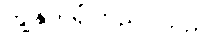
ကျွန်ုပ်ယုံကြည်ပါသည်